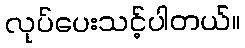
လုပ်ပေးသင့်ပါတယ်။